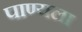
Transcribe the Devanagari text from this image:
पाण्यला